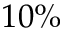
1 0 \%